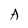
Character: A